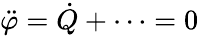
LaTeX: {\ddot{\varphi}}={\dot{Q}}+\dots=0